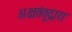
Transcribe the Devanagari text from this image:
अक्षतंतूद्वारा